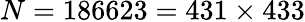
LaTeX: N=186623=431\times 433